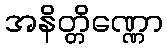
အနိတ္တိဏ္ဏော